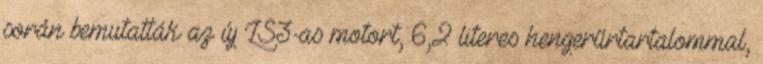
során bemutatták az új LS3-as motort, 6,2 literes hengerűrtartalommal,